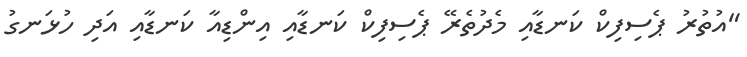
"އުތުރު ޕެސިފިކް ކަނޑާއި މެދުތެރޭ ޕެސިފިކް ކަނޑާއި އިންޑިއާ ކަނޑާއި އަދި ހުޅަނގު